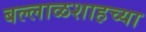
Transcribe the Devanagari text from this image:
बल्लाळशाहच्या